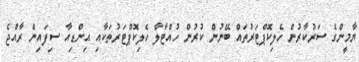
ޔާމީންގެ ސަރުކާރުން ހެލިކޮޕްޓަރުތައް ބޭނުން ކުރުން ހުއްޓާލާ ހެލިކޮޕްޓަރުތަކާއި އިންޑިއާ ސިފައިން ރާއްޖެ